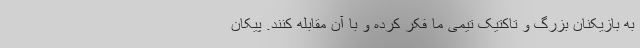
به بازیکنان بزرگ و تاکتیک تیمی ما فکر کرده و با آن مقابله کنند. پیکان